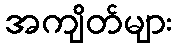
အကျိတ်များ